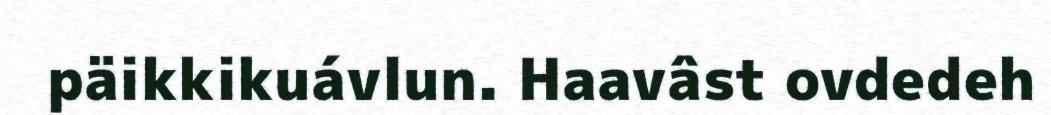
päikkikuávlun. Haavâst ovdedeh